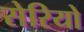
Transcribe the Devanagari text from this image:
सेरियो